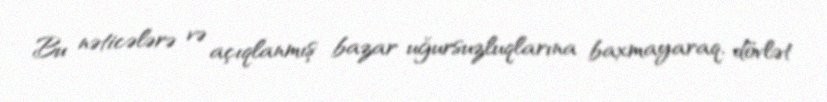
Bu nəticələrə və açıqlanmış bazar uğursuzluqlarına baxmayaraq, dövlət